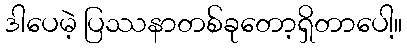
ဒါပေမဲ့ ပြဿနာတစ်ခုတော့ရှိတာပေါ့။